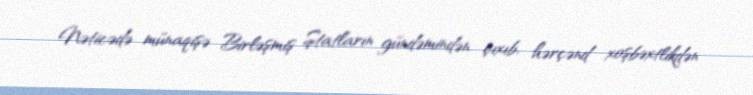
Nəticədə münaqişə Birləşmiş Ştatların gündəmindən çıxıb, hərçənd xoşbəxtlikdən